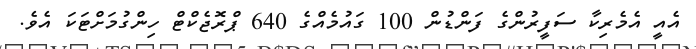
އެއީ އެމެރިކާ ސަފީރުންގެ ފަންޑުން 100 ގައުމެއްގެ 640 ޕްރޮޖެކްޓް ހިންގުމަށްޓަކަ އެވެ.